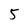
Character: 5